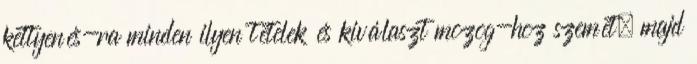
kettyenés-ra minden ilyen tételek és kiválaszt mozog-hoz szemét, majd